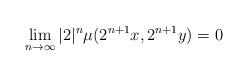
LaTeX: \begin{align*}\lim_{n\to\infty}|2|^{n}\mu(2^{n+1}x,2^{n+1}y)=0\end{align*}